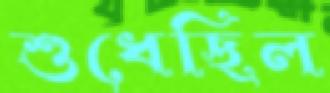
শুধেছিল